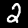
Digit: 2